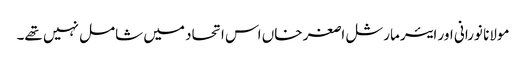
مولانا نورانی اور ایئر مارشل اصغر خاں اس اتحاد میں شامل نہیں تھے۔